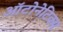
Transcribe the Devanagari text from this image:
ऑटोनेटिक्स